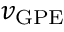
v _ { \mathrm { G P E } }